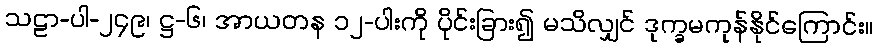
သဠာ-ပါ-၂၄၉၊ ဋ္ဌ-၆၊ အာယတန ၁၂-ပါးကို ပိုင်းခြား၍ မသိလျှင် ဒုက္ခမကုန်နိုင်ကြောင်း။